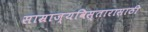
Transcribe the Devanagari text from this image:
साम्राज्यविस्तारासाठी